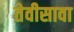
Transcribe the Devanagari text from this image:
तेवीसावा